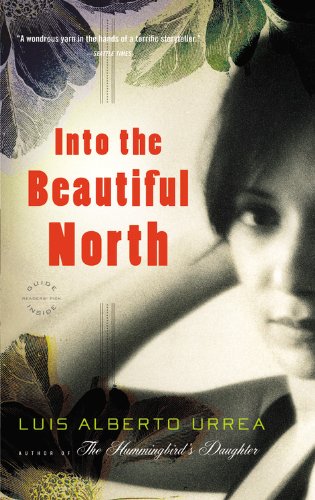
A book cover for Into the Beautiful North: A Novel; Luis Alberto Urrea; Literature & Fiction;